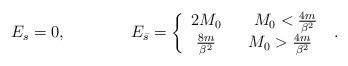
LaTeX: \begin{align*}E_{s}=0,\qquad \qquad E_{\bar{s}}=\left\{ \begin{array}{c}2M_{0}\qquad M_{0}<\frac{4m}{\beta ^{2}}\\\frac{8m}{\beta ^{2}}\qquad M_{0}>\frac{4m}{\beta ^{2}}\end{array}\right. \, \, .\end{align*}